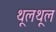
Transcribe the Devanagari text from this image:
थूलथूल